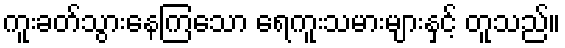
ကူးခတ်သွားနေကြသော ရေကူးသမားများနှင့် တူသည်။